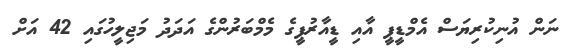
ނަން އުނިކުރިޔަސް އެމްޑީޕީ އާއި ޑީއާރުޕީގެ މެމްބަރުންގެ އަދަދު މަޖިލީހުގައި 42 އަށް